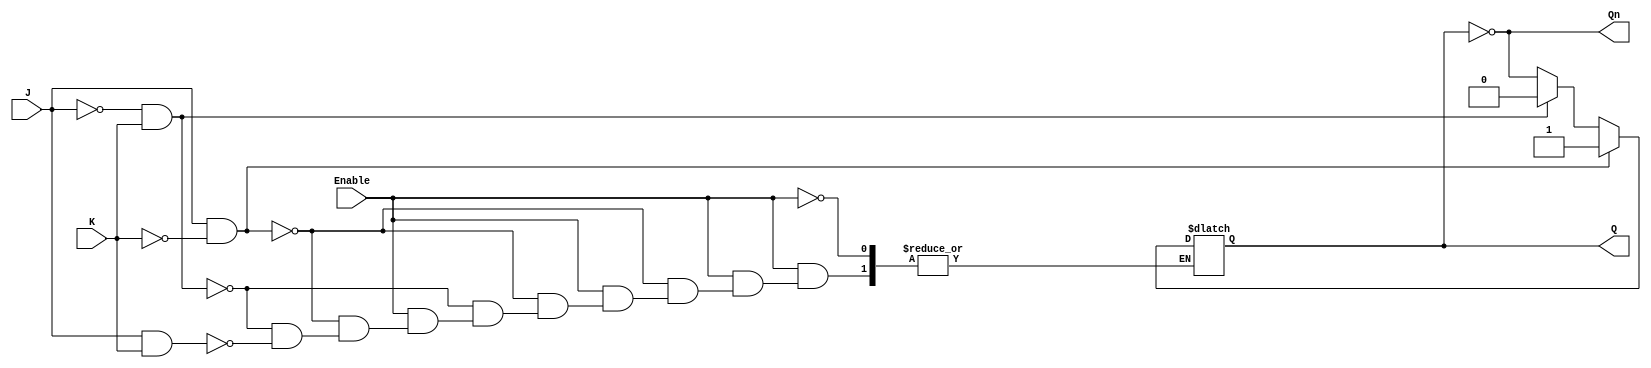
module GatedJKLatch (
    input wire J,          // Set input
    input wire K,          // Reset input
    input wire Enable,     // Clock (Enable) signal
    output reg Q,          // Current state output
    output wire Qn         // Inverted current state output (Q NOT)
);

    // Invert Q for Qn
    assign Qn = ~Q;

    // Always block to describe the behavior of the latch
    always @(*) begin
        if (Enable) begin
            if (J && ~K) begin
                Q = 1;    // Set
            end else if (~J && K) begin
                Q = 0;    // Reset
            end else if (J && K) begin
                Q = ~Q;   // Toggle
            end
            // If J = 0 and K = 0, Q remains unchanged (no assignment)
        end
        // If Enable is low, Q remains unchanged (no assignment)
    end

endmodule